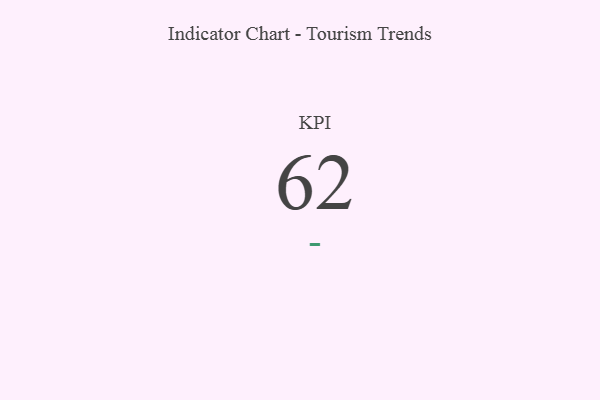
{"axis": {"x": "KPI", "y": "Value"}, "legend": [""], "data": [{"x": "KPI", "y": 62, "type": ""}]}